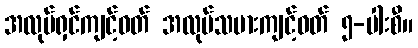
အလုပ်ရှင်ကျင့်ဝတ် အလုပ်သမားကျင့်ဝတ် ၅-ပါးစီ။